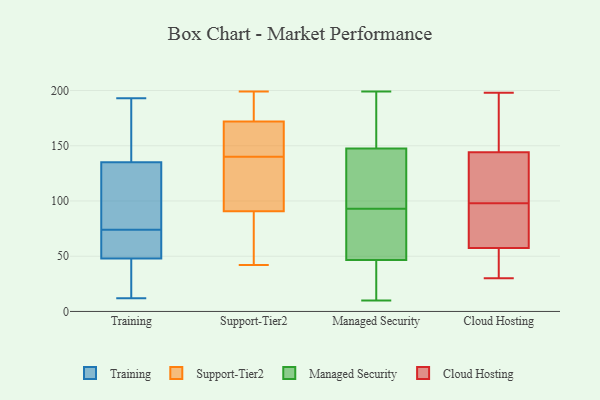
{"axis": {"x": "Shipments", "y": "Value"}, "legend": ["Cloud Hosting", "Managed Security", "Support-Tier2", "Training"], "data": [{"x": "", "y": 48, "type": "Training"}, {"x": "", "y": 50, "type": "Training"}, {"x": "", "y": 73, "type": "Training"}, {"x": "", "y": 124, "type": "Training"}, {"x": "", "y": 193, "type": "Training"}, {"x": "", "y": 47, "type": "Training"}, {"x": "", "y": 75, "type": "Training"}, {"x": "", "y": 62, "type": "Training"}, {"x": "", "y": 47, "type": "Training"}, {"x": "", "y": 160, "type": "Training"}, {"x": "", "y": 12, "type": "Training"}, {"x": "", "y": 135, "type": "Training"}, {"x": "", "y": 78, "type": "Training"}, {"x": "", "y": 92, "type": "Training"}, {"x": "", "y": 174, "type": "Training"}, {"x": "", "y": 21, "type": "Training"}, {"x": "", "y": 73, "type": "Training"}, {"x": "", "y": 158, "type": "Training"}, {"x": "", "y": 108, "type": "Support-Tier2"}, {"x": "", "y": 149, "type": "Support-Tier2"}, {"x": "", "y": 42, "type": "Support-Tier2"}, {"x": "", "y": 144, "type": "Support-Tier2"}, {"x": "", "y": 85, "type": "Support-Tier2"}, {"x": "", "y": 163, "type": "Support-Tier2"}, {"x": "", "y": 70, "type": "Support-Tier2"}, {"x": "", "y": 137, "type": "Support-Tier2"}, {"x": "", "y": 130, "type": "Support-Tier2"}, {"x": "", "y": 85, "type": "Support-Tier2"}, {"x": "", "y": 191, "type": "Support-Tier2"}, {"x": "", "y": 175, "type": "Support-Tier2"}, {"x": "", "y": 175, "type": "Support-Tier2"}, {"x": "", "y": 199, "type": "Support-Tier2"}, {"x": "", "y": 140, "type": "Support-Tier2"}, {"x": "", "y": 25, "type": "Managed Security"}, {"x": "", "y": 107, "type": "Managed Security"}, {"x": "", "y": 141, "type": "Managed Security"}, {"x": "", "y": 10, "type": "Managed Security"}, {"x": "", "y": 40, "type": "Managed Security"}, {"x": "", "y": 190, "type": "Managed Security"}, {"x": "", "y": 81, "type": "Managed Security"}, {"x": "", "y": 144, "type": "Managed Security"}, {"x": "", "y": 59, "type": "Managed Security"}, {"x": "", "y": 173, "type": "Managed Security"}, {"x": "", "y": 151, "type": "Managed Security"}, {"x": "", "y": 199, "type": "Managed Security"}, {"x": "", "y": 86, "type": "Managed Security"}, {"x": "", "y": 31, "type": "Managed Security"}, {"x": "", "y": 29, "type": "Managed Security"}, {"x": "", "y": 53, "type": "Managed Security"}, {"x": "", "y": 169, "type": "Managed Security"}, {"x": "", "y": 87, "type": "Managed Security"}, {"x": "", "y": 108, "type": "Managed Security"}, {"x": "", "y": 99, "type": "Managed Security"}, {"x": "", "y": 137, "type": "Cloud Hosting"}, {"x": "", "y": 33, "type": "Cloud Hosting"}, {"x": "", "y": 30, "type": "Cloud Hosting"}, {"x": "", "y": 198, "type": "Cloud Hosting"}, {"x": "", "y": 68, "type": "Cloud Hosting"}, {"x": "", "y": 177, "type": "Cloud Hosting"}, {"x": "", "y": 79, "type": "Cloud Hosting"}, {"x": "", "y": 138, "type": "Cloud Hosting"}, {"x": "", "y": 133, "type": "Cloud Hosting"}, {"x": "", "y": 102, "type": "Cloud Hosting"}, {"x": "", "y": 44, "type": "Cloud Hosting"}, {"x": "", "y": 150, "type": "Cloud Hosting"}, {"x": "", "y": 183, "type": "Cloud Hosting"}, {"x": "", "y": 60, "type": "Cloud Hosting"}, {"x": "", "y": 55, "type": "Cloud Hosting"}, {"x": "", "y": 94, "type": "Cloud Hosting"}]}